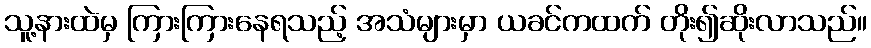
သူ့နားထဲမှ ကြားကြားနေရသည့် အသံများမှာ ယခင်ကထက် တိုး၍ဆိုးလာသည်။